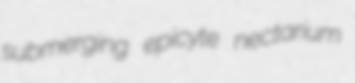
submerging epicyte nectarium